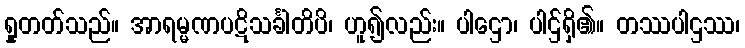
ရှုတတ်သည်။ အာရမ္မဏပဋိသင်္ခါတိပိ၊ ဟူ၍လည်း။ ပါဌော၊ ပါဌ်ရှိ၏။ တဿပါဌဿ၊